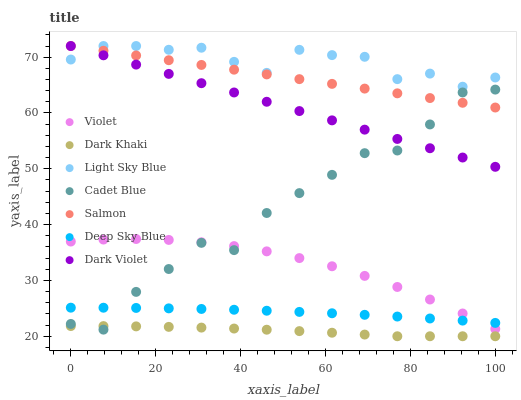
| xaxis_label | Violet | Dark Khaki | Light Sky Blue | Cadet Blue | Salmon | Deep Sky Blue | Dark Violet |
 | --- | --- | --- | --- | --- | --- | --- | --- |
 | 0 | 37 | 21.8 | 69.6 | 22.2 | 72 | 25.1 | 72 |
 | 7.69 | 37.3 | 21.8 | 72 | 21.2 | 71.2 | 25.1 | 70.3 |
 | 15.4 | 37.4 | 21.8 | 72 | 27.9 | 70.3 | 25.1 | 68.7 |
 | 23.1 | 37.3 | 21.7 | 71.3 | 32 | 69.5 | 25 | 67 |
 | 30.8 | 36.8 | 21.6 | 71.7 | 36.7 | 68.6 | 24.9 | 65.3 |
 | 38.5 | 36.2 | 21.4 | 69.2 | 35.4 | 67.8 | 24.7 | 63.7 |
 | 46.2 | 35.2 | 21.2 | 67.2 | 42.1 | 66.9 | 24.6 | 62 |
 | 53.8 | 34 | 20.9 | 71.3 | 45.6 | 66.1 | 24.4 | 60.3 |
 | 61.5 | 32.5 | 20.6 | 70.4 | 48.9 | 65.2 | 24.1 | 58.7 |
 | 69.2 | 30.8 | 20.3 | 70.1 | 52.8 | 64.4 | 23.8 | 57 |
 | 76.9 | 28.8 | 20 | 66.1 | 53.3 | 63.5 | 23.5 | 55.4 |
 | 84.6 | 26.6 | 20 | 67.1 | 57.9 | 62.7 | 23.2 | 53.7 |
 | 92.3 | 24.1 | 20 | 64.7 | 63.7 | 61.8 | 22.8 | 52 |
 | 100 | 21.3 | 20 | 66.4 | 64.2 | 61 | 22.4 | 50.4 |